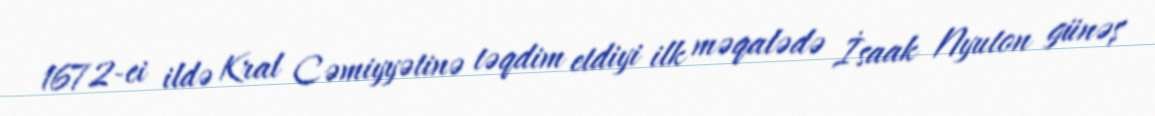
1672-ci ildə Kral Cəmiyyətinə təqdim etdiyi ilk məqalədə İsaak Nyuton günəş